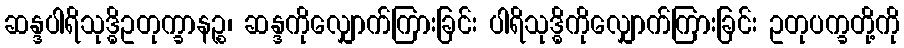
ဆန္ဒပါရိသုဒ္ဓိဥတုက္ခာနဉ္စ၊ ဆန္ဒကိုလျှောက်ကြားခြင်း ပါရိသုဒ္ဓိကိုလျှောက်ကြားခြင်း ဥတုပက္ခတို့ကို